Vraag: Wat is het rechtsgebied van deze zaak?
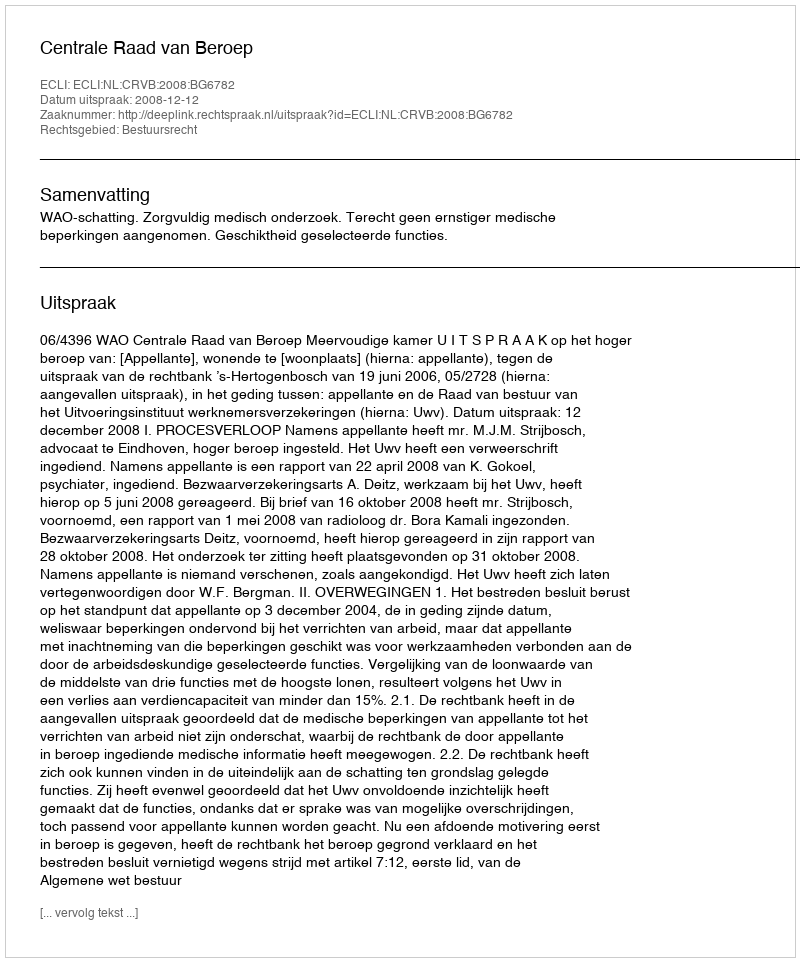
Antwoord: Bestuursrecht